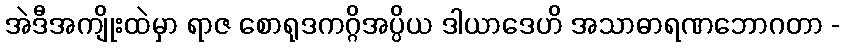
အဲဒီအကျိုးထဲမှာ ရာဇ စောရုဒကဂ္ဂိအပ္ပိယ ဒါယာဒေဟိ အသာဓာရဏဘောဂတာ -